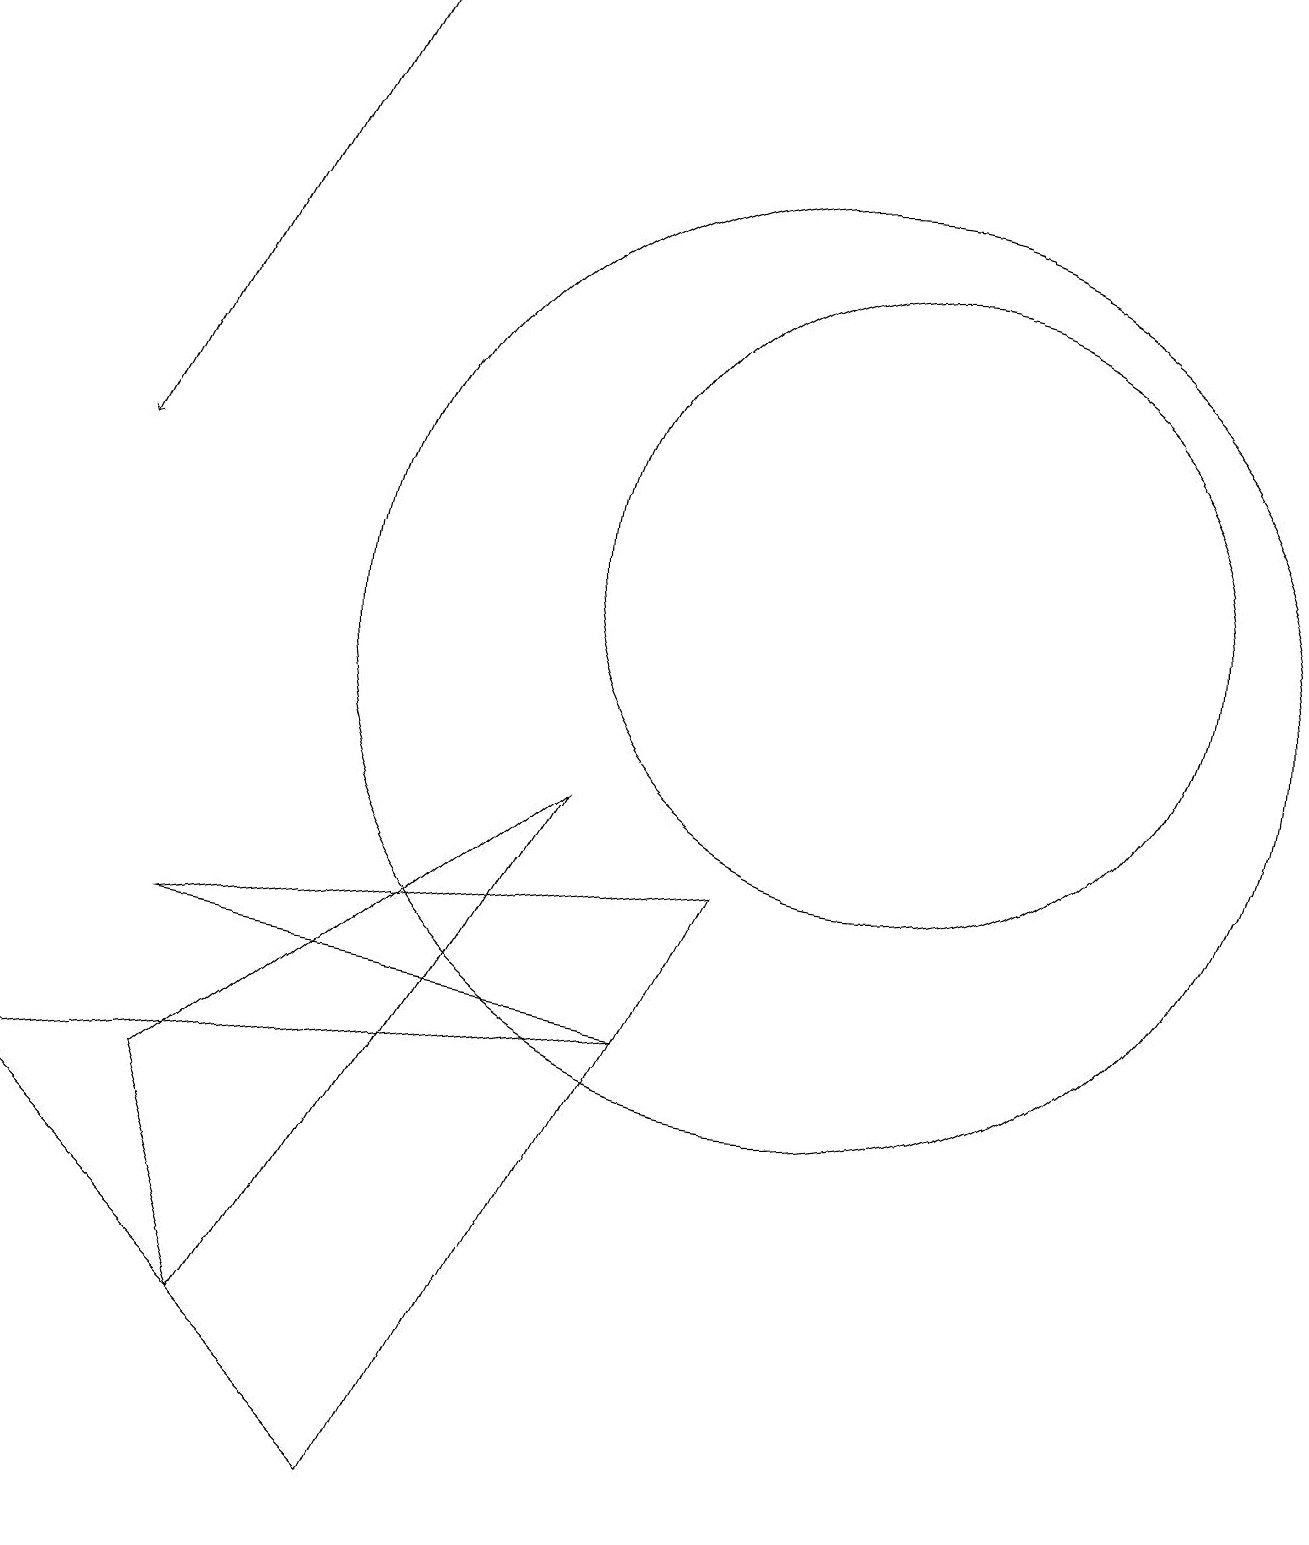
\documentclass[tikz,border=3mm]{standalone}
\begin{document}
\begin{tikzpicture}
\draw (8,6) -- (0,5) -- (5,0) -- cycle;
\draw (11,12) circle (4);
\draw (2,7) -- (9,8) -- (8,6) -- cycle;
\draw[->] (4,19) -- (1,13);
\draw (7,9) -- (3,2) -- (2,5) -- cycle;
\draw (10,11) circle (6);
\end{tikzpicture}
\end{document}